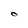
Character: O